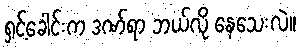
ရှင့်ခေါင်းက ဒဏ်ရာ ဘယ်လို နေသေးလဲ။